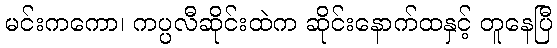
မင်းကကော၊ ကပ္ပလီဆိုင်းထဲက ဆိုင်းနောက်ထနှင့် တူနေပြီ